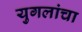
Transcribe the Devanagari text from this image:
युगलांचा